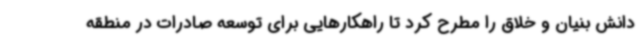
دانش بنیان و خلاق را مطرح کرد تا راهکارهایی برای توسعه صادرات در منطقه